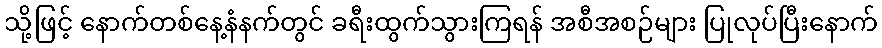
သို့ဖြင့် နောက်တစ်နေ့နံနက်တွင် ခရီးထွက်သွားကြရန် အစီအစဉ်များ ပြုလုပ်ပြီးနောက်